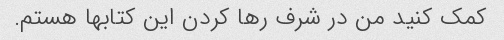
کمک کنید من در شرف رها کردن این کتابها هستم.